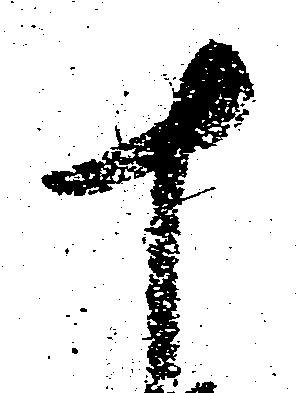
十